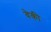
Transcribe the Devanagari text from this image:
वेकी